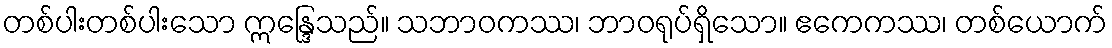
တစ်ပါးတစ်ပါးသော ဣန္ဒြေသည်။ သဘာဝကဿ၊ ဘာဝရုပ်ရှိသော။ ဧကေကဿ၊ တစ်ယောက်